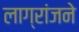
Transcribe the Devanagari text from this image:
लाग्रांजने